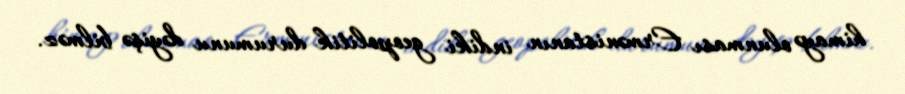
himayə olunması Ermənistanın indiki geopolitik durumunu dəyişə bilməz.